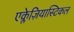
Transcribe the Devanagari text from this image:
एक्लेज़ियास्टिकल